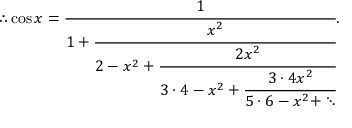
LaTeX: \therefore \cos x = { \cfrac { 1 } { 1 + { \cfrac { x ^ { 2 } } { 2 - x ^ { 2 } + { \cfrac { 2 x ^ { 2 } } { 3 \cdot 4 - x ^ { 2 } + { \cfrac { 3 \cdot 4 x ^ { 2 } } { 5 \cdot 6 - x ^ { 2 } + \ddots } } } } } } } } .